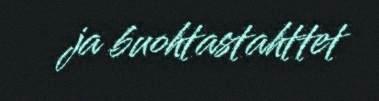
ja buohtastahttet